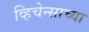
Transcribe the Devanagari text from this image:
व्हिचेन्साच्या